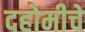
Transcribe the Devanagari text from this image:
दहोमीचे